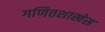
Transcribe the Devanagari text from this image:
गणितशाखेस